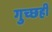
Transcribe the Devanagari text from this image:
गुच्छही